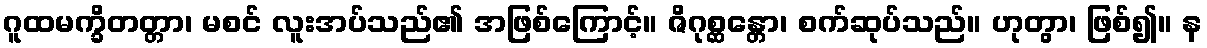
ဂူထမက္ခိတတ္တာ၊ မစင် လူးအပ်သည်၏ အဖြစ်ကြောင့်။ ဇိဂုစ္ဆန္တော၊ စက်ဆုပ်သည်။ ဟုတွာ၊ ဖြစ်၍။ န